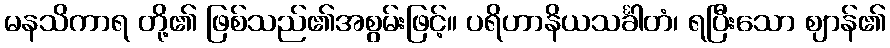
မနသိကာရ တို့၏ ဖြစ်သည်၏အစွမ်းဖြင့်။ ပရိဟာနိယသင်္ခါတံ၊ ရပြီးသော ဈာန်၏